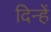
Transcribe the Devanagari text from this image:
दिन्हें